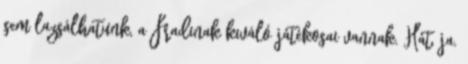
sem lazsálhatunk, a Fradinak kiváló játékosai vannak. Hát, ja.